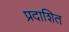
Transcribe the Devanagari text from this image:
प्रदाशित